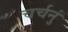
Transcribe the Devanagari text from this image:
चर्चनुं